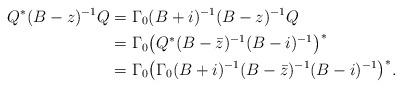
LaTeX: \begin{align*}Q^*(B- z)^{-1}Q&=\Gamma_0(B+i)^{-1} (B- z)^{-1}Q \\&=\Gamma_0\bigl(Q^*(B-\bar z)^{-1}(B-i)^{-1}\bigr)^*\\&=\Gamma_0\bigl(\Gamma_0(B+i)^{-1}(B-\bar z)^{-1}(B-i)^{-1}\bigr)^*. \end{align*}